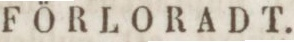
FÖRLORADT.